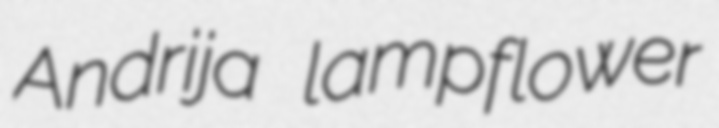
Andrija lampflower